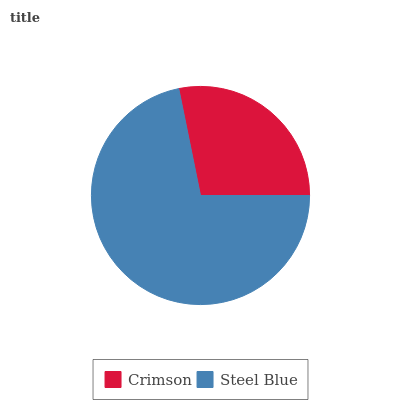
| Crimson | Steel Blue |
 | --- | --- |
 | 28.2% | 71.8% |